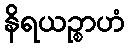
နိရယဉ္စာဟံ